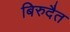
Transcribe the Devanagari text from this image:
बिरुदैत